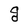
Character: g